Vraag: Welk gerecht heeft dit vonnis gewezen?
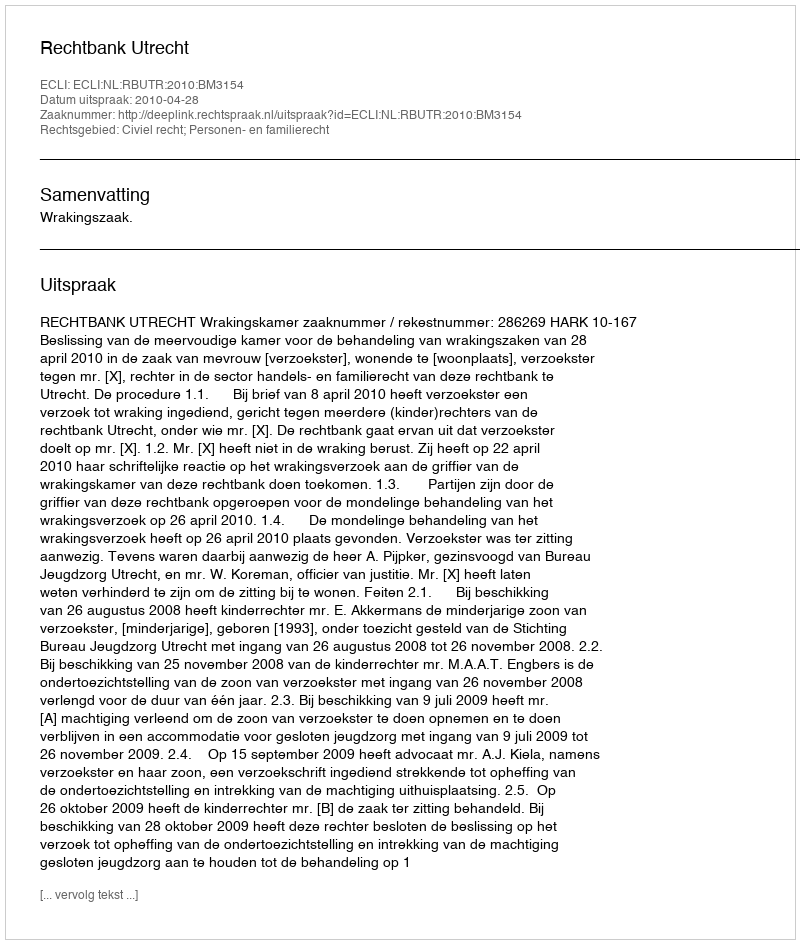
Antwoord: Rechtbank Utrecht